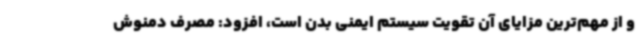
و از مهم‌ترین مزایای آن تقویت سیستم ایمنی بدن است، افزود: مصرف دمنوش